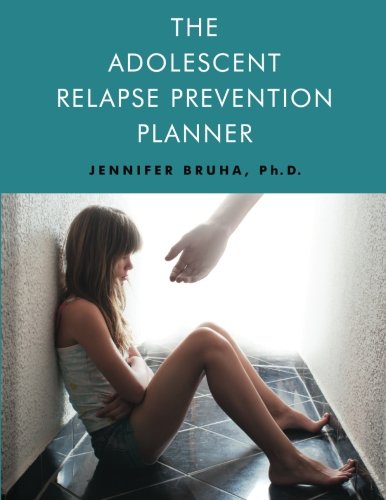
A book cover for The Adolescent Relapse Prevention Planner; Jennifer Bruha; Teen & Young Adult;